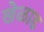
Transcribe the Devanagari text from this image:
खेळाड